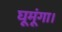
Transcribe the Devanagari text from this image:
घूमूंगा।